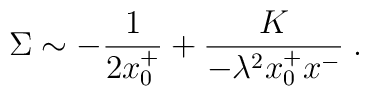
\Sigma\sim-{1\over{2 x^+_0}}+\frac{K}{-\lambda^2x^+_0x^-}\;.